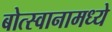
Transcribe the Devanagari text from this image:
बोत्स्वानामध्ये